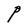
Character: P